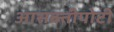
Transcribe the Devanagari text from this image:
आसक्तीपोटी